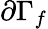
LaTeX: \partial\Gamma_{f}